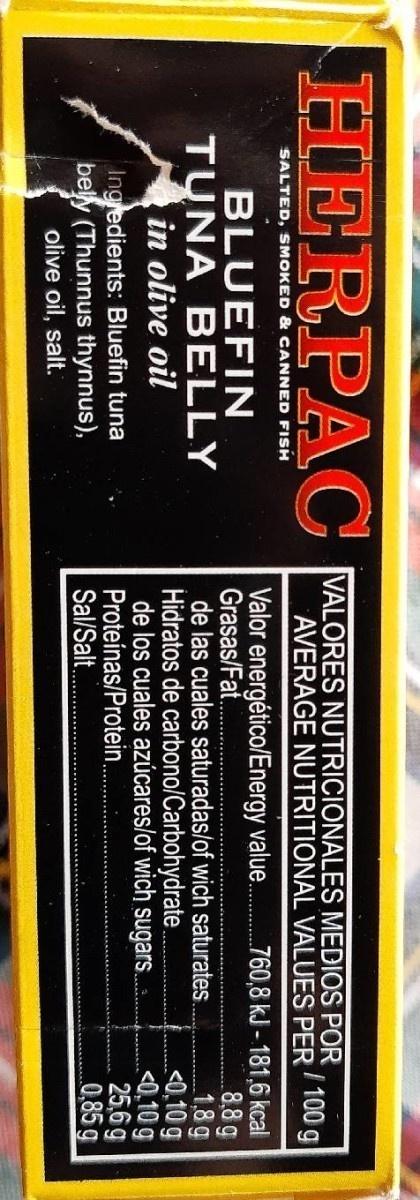
HERPAC
VALORES NUTRICIONALES MEDIOS POR /100 g AVERAGE NUTRITIONAL VALUES PER
SALTED, SMOKED & CANNED FISH
BLUEFIN TUNA BELLY in olive oil
Valor energético/Energy value. Grasas/Fat. de las cuales saturadas/of wich saturates. Hidratos de carbono/Carbohydrate. de los cuales azúcares/of wich sugars. Proteínas/Protein. Sal/Salt.
.760,8 kJ - 181,6 kcal 8.8 g 1,8g <0,10 g <0,10 g 25,6 g 0,85g
Ingledients: Bluefin tuna bely (Thunnus thynnus), olive oil, salt.